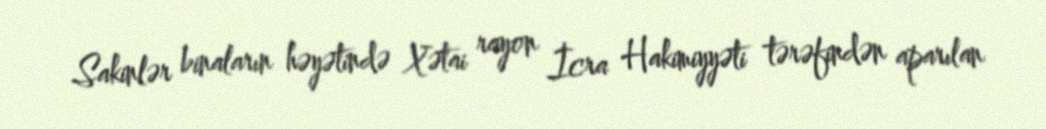
Sakinlər binaların həyətində Xətai rayon İcra Hakimiyyəti tərəfindən aparılan